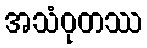
အသံဝုတဿ